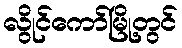
လွိုင်ကော်မြို့တွင်